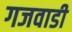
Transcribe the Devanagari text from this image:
गजवाडी